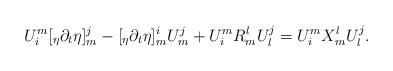
LaTeX: \begin{align*} U^m_i [_\eta \partial_t \eta]_m^j - [_\eta \partial_t \eta]^i_m U^j_m + U_i^m R_m^l U_l^j =U_i^m X_m^l U_l^j. \end{align*}